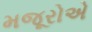
મજૂરોએ